65_HS1-834228961_62-HQ-83894_Serial_403
Agency: FBI
Page 1
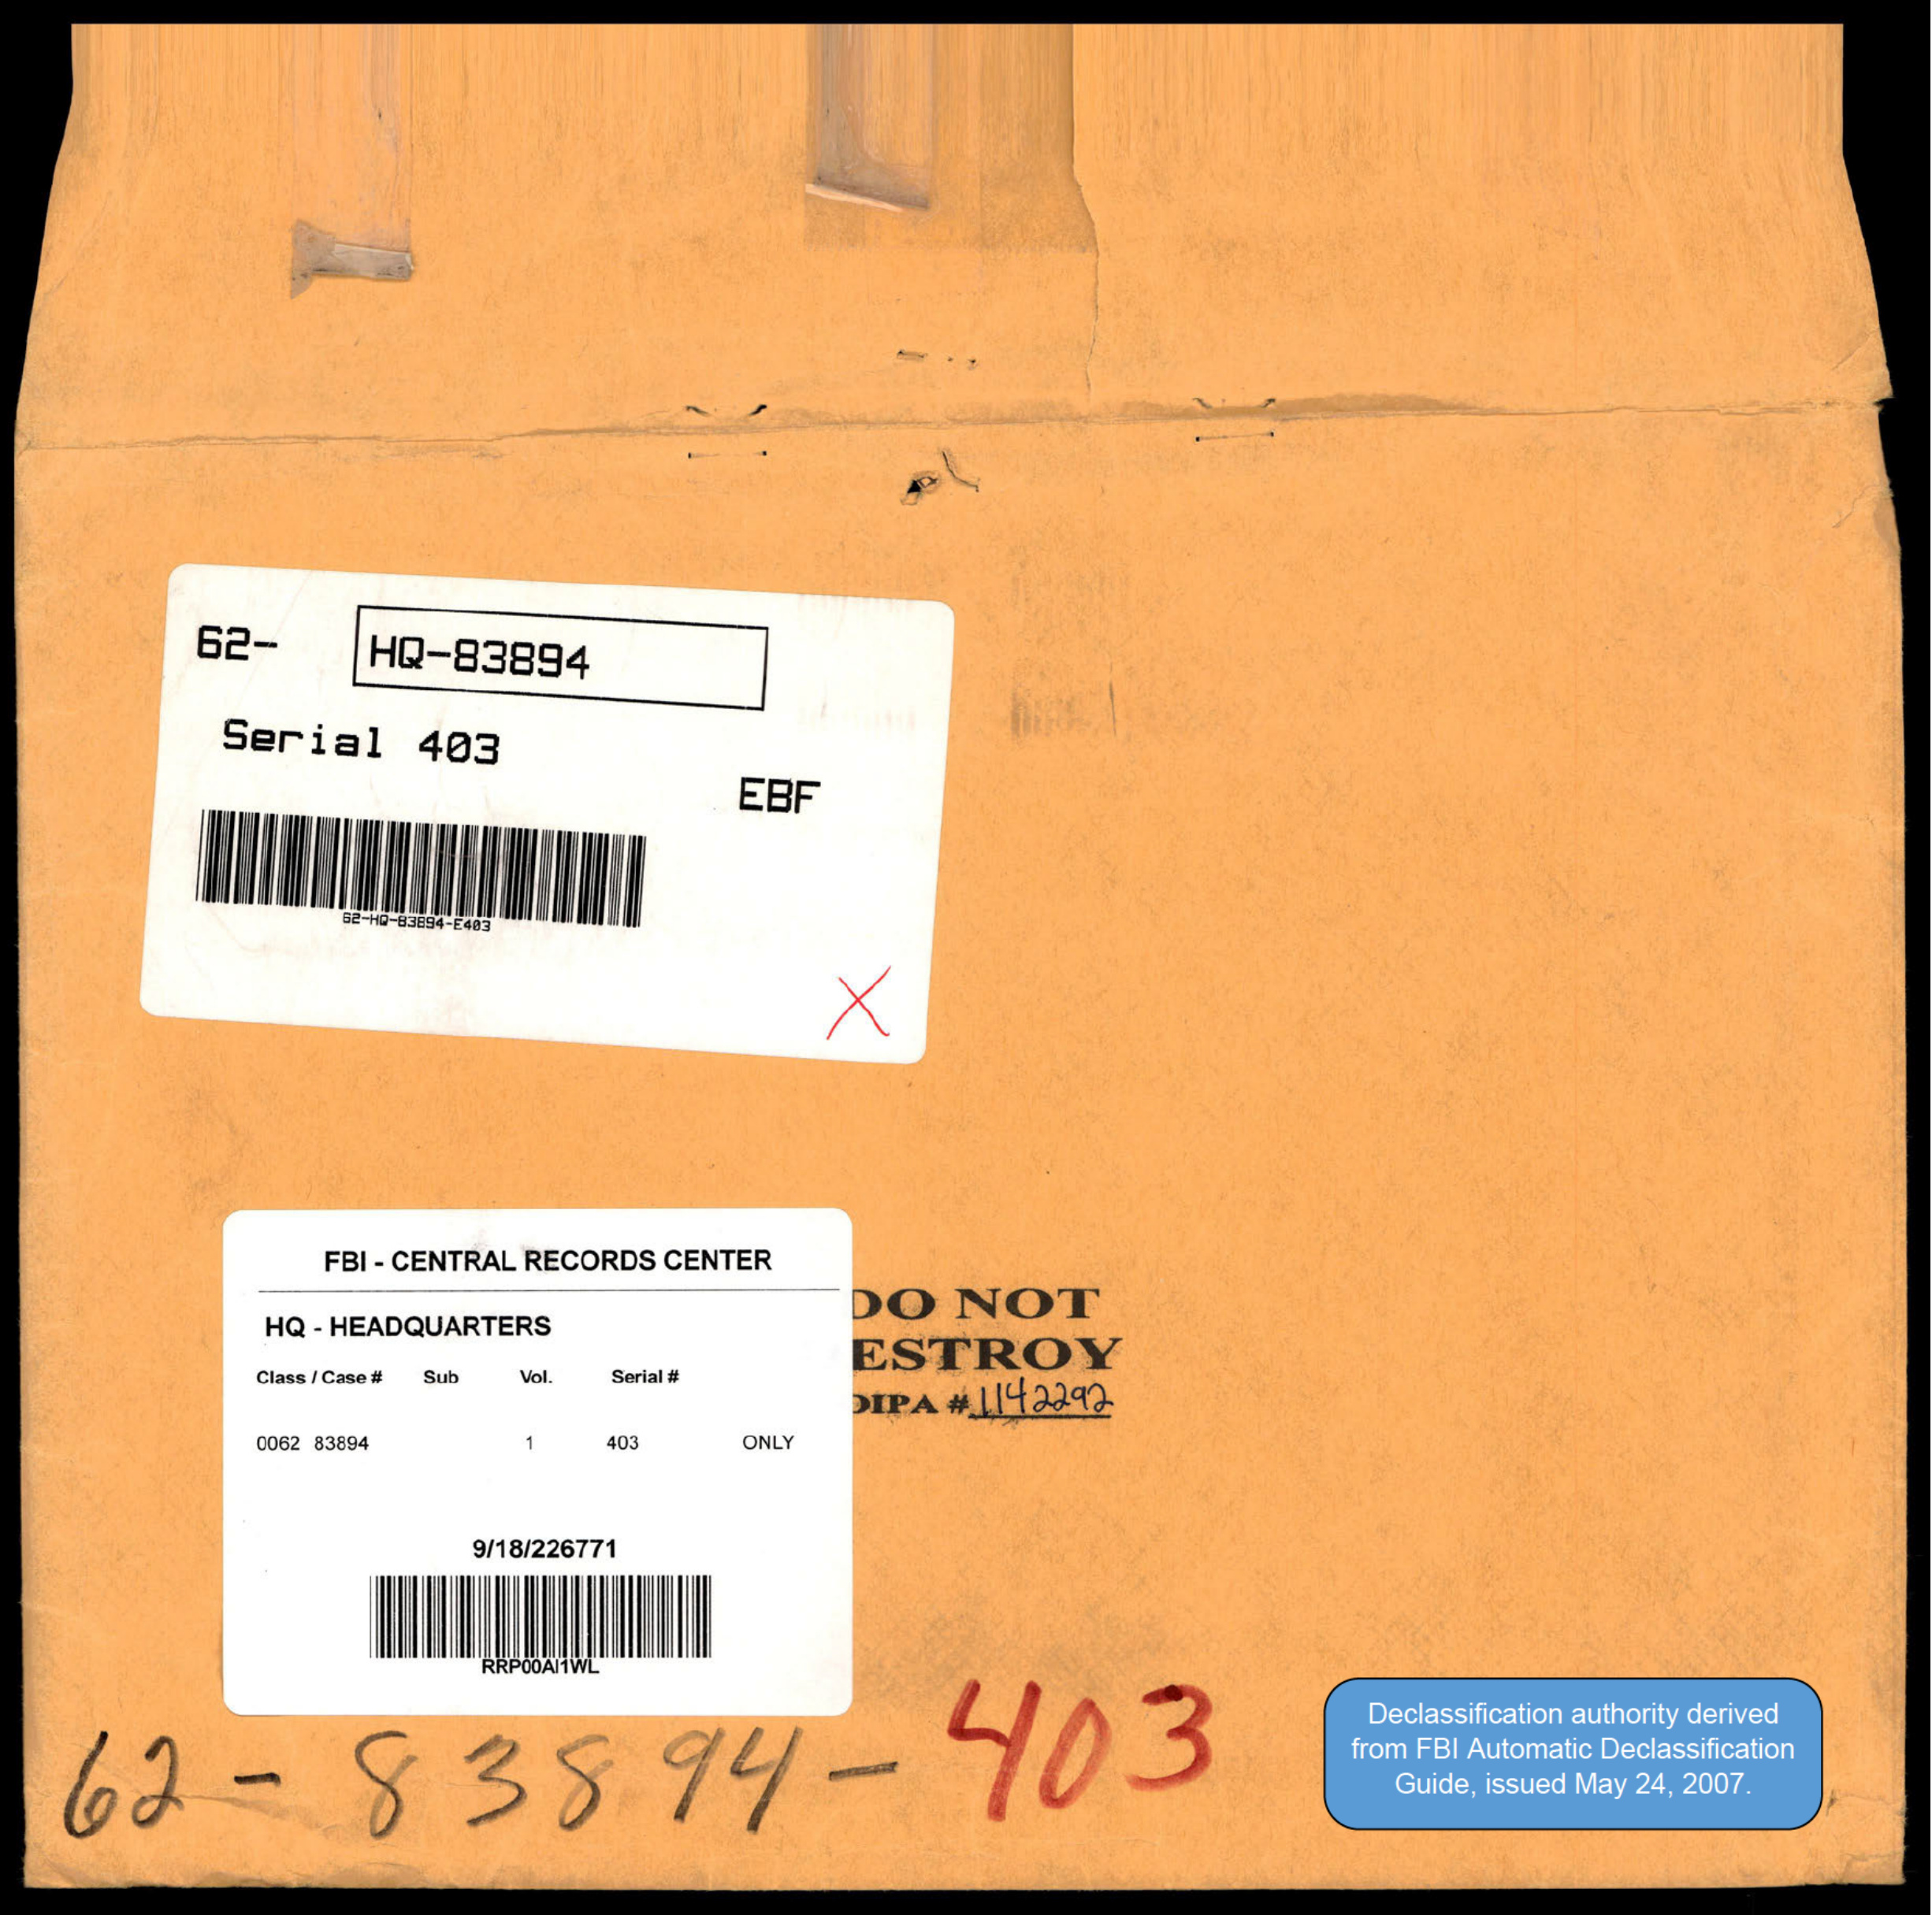